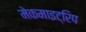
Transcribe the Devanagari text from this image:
मेकमाइट्रिप